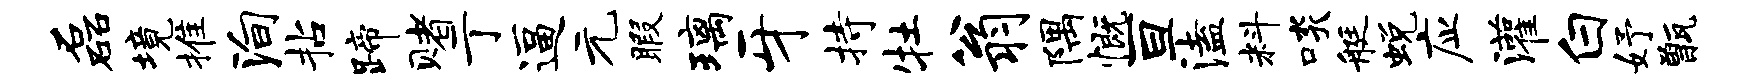
磊境推殉拈蹄赌亍逼元暇璃牙持牡翁隅慨亘溘料啖艇蜕应灌白妤甑